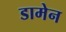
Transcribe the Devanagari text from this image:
डामेन